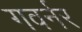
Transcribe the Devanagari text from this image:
गवर्नर